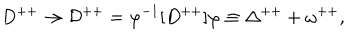
D ^ { + + } \rightarrow { \cal D } ^ { + + } = \varphi ^ { - 1 } [ D ^ { + + } ] \varphi \equiv \Delta ^ { + + } + \omega ^ { + + } ,